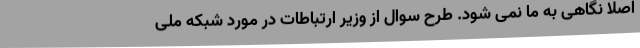
اصلا نگاهی به ما نمی شود. طرح سوال از وزیر ارتباطات در مورد شبکه ملی